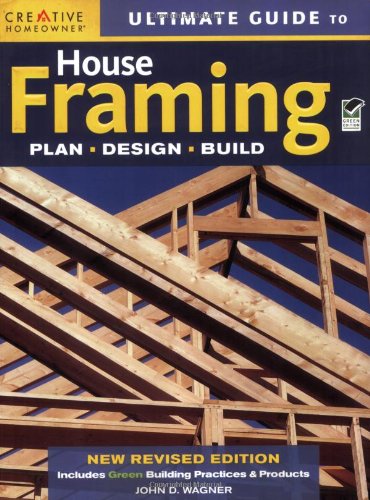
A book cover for Ultimate Guide to House Framing; John D. Wagner; Crafts, Hobbies & Home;